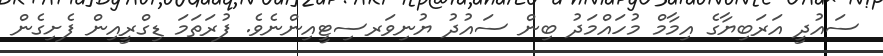
ސައުދީ އަރަބިޔާގެ އިމާމް މުހައްމަދު ބިން ސައުދު ޔުނިވަރސިޓީއިންނެވެ. ފުރަތަމަ ޑިގްރީއިން ފެށިގެން